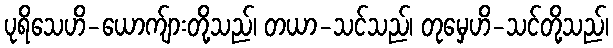
ပုရိသေဟိ-ယောက်ျားတို့သည်၊ တယာ-သင်သည်၊ တုမှေဟိ-သင်တို့သည်၊